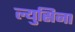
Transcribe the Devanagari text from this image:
ल्युसिना